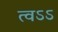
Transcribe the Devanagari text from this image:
त्वऽऽ